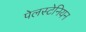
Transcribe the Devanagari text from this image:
पेलस्टेनियन